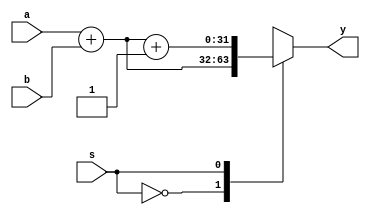
module adder (
	a,
	b,
	s,
	y
);
	input wire [31:0] a;
	input wire [31:0] b;
	input wire s;
	output reg [31:0] y;
	always @(*)
		case (s)
			0: y = a + b;
			1: y = (a + b) + 1;
		endcase
endmodule